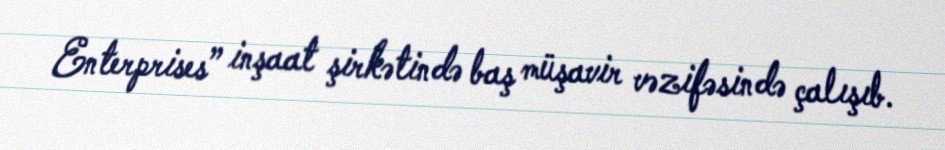
Enterprises” inşaat şirkətində baş müşavir vəzifəsində çalışıb.